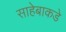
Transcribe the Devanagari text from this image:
साहेबाकडे